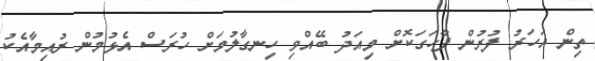
ތިން އަހަރު ފުރުން ފާހަގަކޮށް މިއަދު ބޭއްވި ހިނގާލުމަށް ހުރަސް އެޅުމުން ރުއިމާއެކު